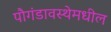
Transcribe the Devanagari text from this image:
पौगंडावस्थेमधील